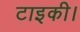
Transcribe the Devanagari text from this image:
टाइकी।